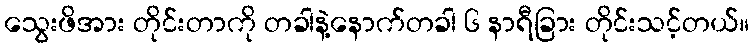
သွေးဖိအား တိုင်းတာကို တခါနဲ့နောက်တခါ ၆ နာရီခြား တိုင်းသင့်တယ်။